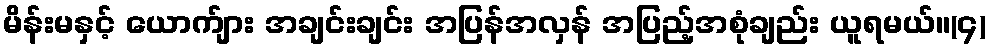
မိန်းမနှင့် ယောက်ျား အချင်းချင်း အပြန်အလှန် အပြည့်အစုံချည်း ယူရမယ်။(၄)